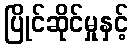
ပြိုင်ဆိုင်မှုနှင့်